Scientific memoirs by medical officers of the Army of India - Part XI,
Year: 1898
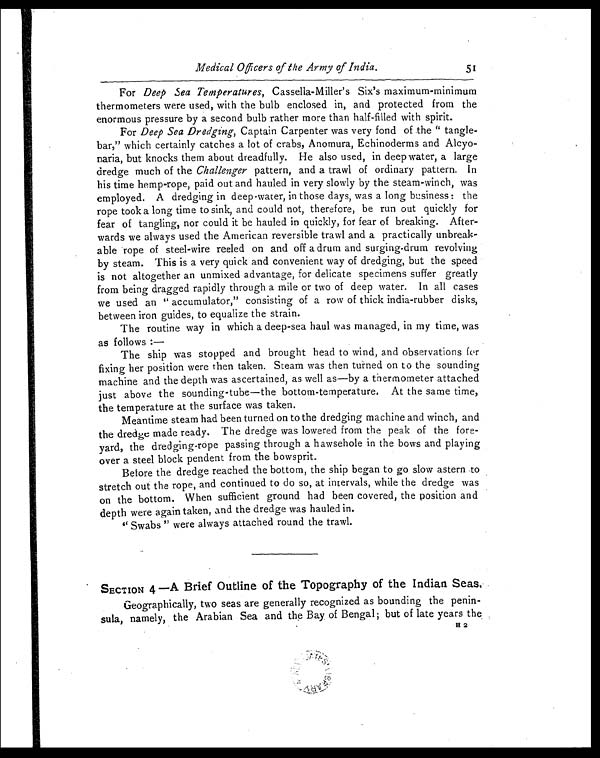
Medical Officers of the Army of India. 5 1
For Deep Sea Temperatures, Cassella-Miller's Six's maximum-minimum
thermometers were used, with the bulb enclosed in, and protected from the
enormous pressure by a second bulb rather more than half-filled with spirit.
For Deep Sea Dredging, Captain Carpenter was very fond of the "tangle-
bar," which certainly catches a lot of crabs, Anomura, Echinoderms and Alcyo-
naria, but knocks them about dreadfully. He also used, in deep water, a large
dredge much of the Challenger pattern, and a trawl of ordinary pattern. In
his time hemp-rope, paid out and hauled in very slowly by the steam-winch, was
employed. A dredging in deep-water, in those days, was a long business: the
rope took a long time to sink, and could not, therefore, be run out quickly for
fear of tangling, nor could it be hauled in quickly, for fear of breaking. After-
wards we always used the American reversible trawl and a practically unbreak-
able rope of steel-wire reeled on and off a drum and surging-drum revolving
by steam. This is a very quick and convenient way of dredging, but the speed
is not altogether an unmixed advantage, for delicate specimens suffer greatly
from being dragged rapidly through a mile or two of deep water. In all cases
we used an "accumulator," consisting of a row of thick india-rubber disks,
between iron guides, to equalize the strain.
The routine way in which a deep-sea haul was managed, in my time, was
as follows:—
The ship was stopped and brought head to wind, and observations for
fixing her position were then taken. Steam was then turned on to the sounding
machine and the depth was ascertained, as well as—by a thermometer attached
just above the sounding-tube—the bottom-temperature. At the same time,
the temperature at the surface was taken.
Meantime steam had been turned on to the dredging machine and winch, and
the dredge made ready. The dredge was lowered from the peak of the fore-
yard, the dredging-rope passing through a hawsehole in the bows and playing
over a steel block pendent from the bowsprit.
Before the dredge reached the bottom, the ship began to go slow astern to
stretch out the rope, and continued to do so, at intervals, while the dredge was
on the bottom. When sufficient ground had been covered, the position and
depth were again taken, and the dredge was hauled in.
"Swabs" were always attached round the trawl.
SECTION 4 —A Brief Outline of the Topography of the Indian Seas.
Geographically, two seas are generally recognized as bounding the penin-
sula, namely, the Arabian Sea and the Bay, of Bengal; but of late years the
H 2